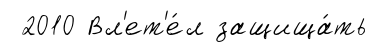
2010 Вл'ет'е́л защища́ть